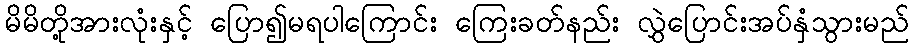
မိမိတို့အားလုံးနှင့် ပြော၍မရပါကြောင်း ကြေးခတ်နည်း လွှဲပြောင်းအပ်နှံသွားမည်